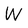
Character: W